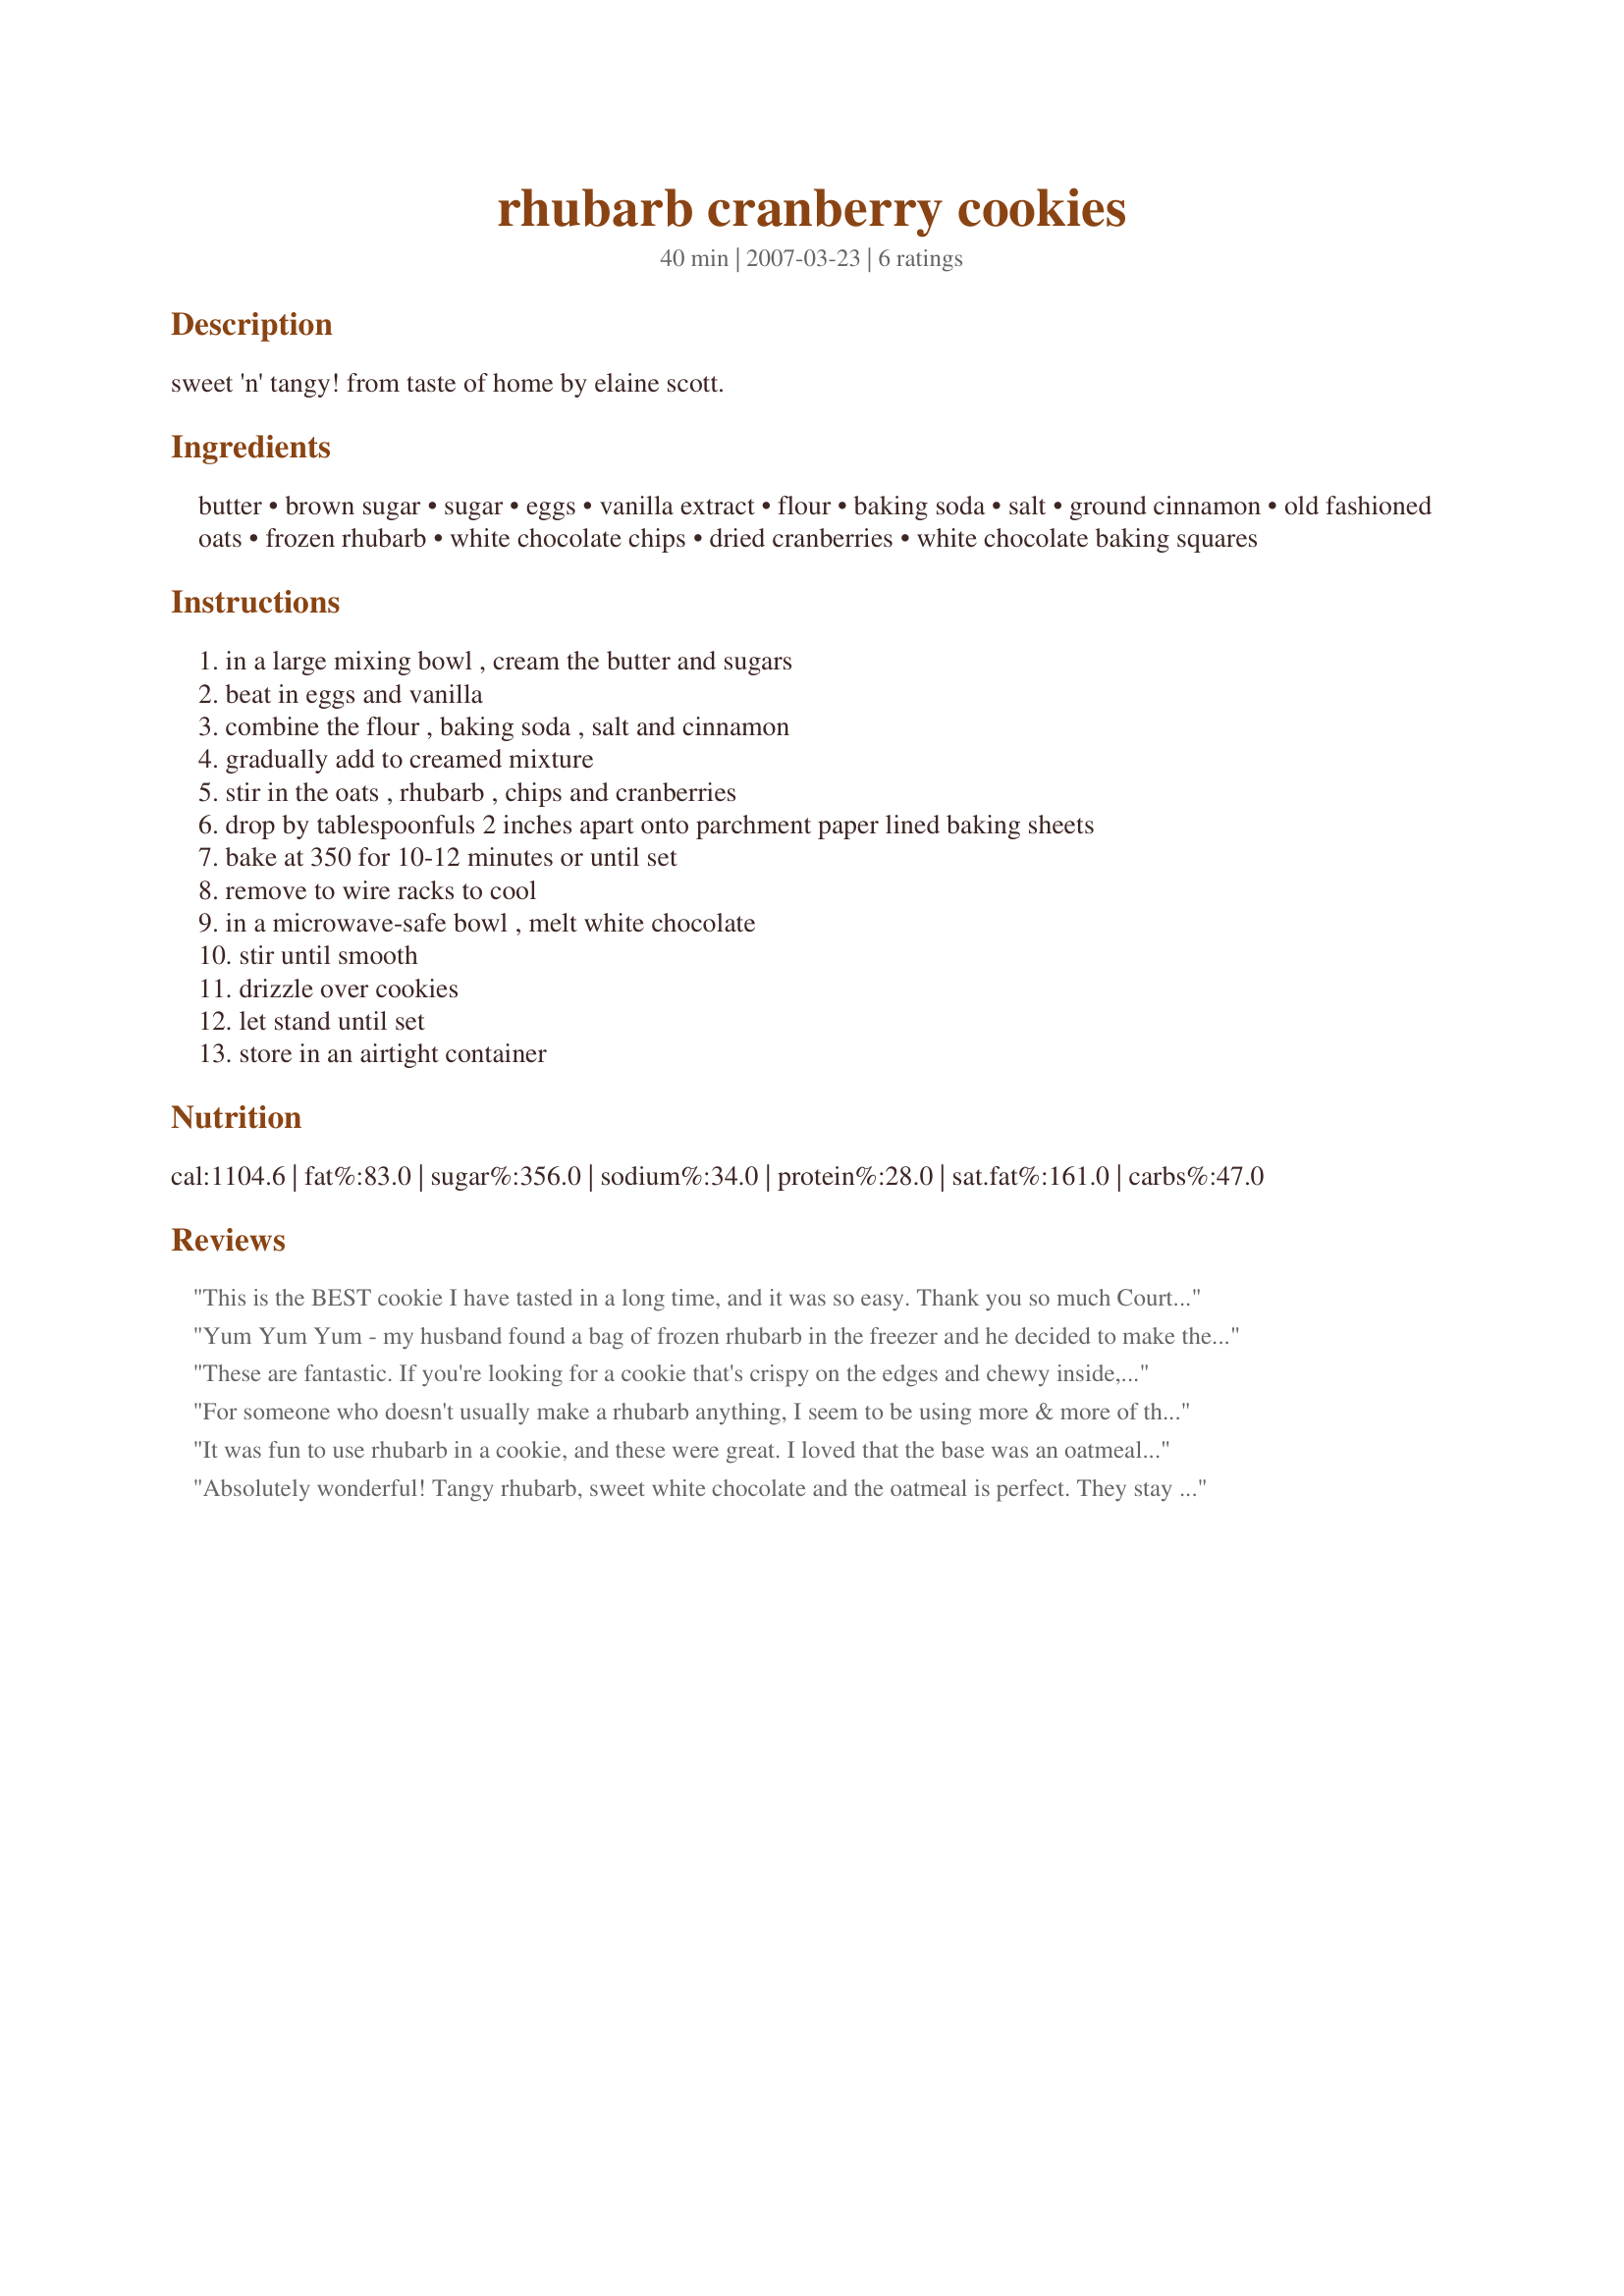
rhubarb cranberry cookies
Preparation time: 40 minutes

sweet 'n' tangy! from taste of home by elaine scott.

Ingredients:
butter, brown sugar, sugar, eggs, vanilla extract, flour, baking soda, salt, ground cinnamon, old fashioned oats, frozen rhubarb, white chocolate chips, dried cranberries, white chocolate baking squares

Steps:
in a large mixing bowl , cream the butter and sugars, beat in eggs and vanilla, combine the flour , baking soda , salt and cinnamon, gradually add to creamed mixture, stir in the oats , rhubarb , chips and cranberries, drop by tablespoonfuls 2 inches apart onto parchment paper lined baking sheets, bake at 350 for 10-12 minutes or until set, remove to wire racks to cool, in a microwave-safe bowl , melt white chocolate, stir until smooth, drizzle over cookies, let stand until set, store in an airtight container

Reviews:
This is the BEST cookie I have tasted in a long time, and it was so easy. Thank you so much Courtly Scrock for posting. I am so in love with this cookie, and it has been added to my favourites. I used fresh rhubarb as I had just been given quite a bit, and the rest I froze so I will be baking this recipe again with the frozen rhubarb at another time. These had all of my all-time favourite ingredients - dried cranberries, white chocolate and rhubarb!! What a treat. Please try them - you will not be disappointed.
Yum Yum Yum - my husband found a bag of frozen rhubarb in the freezer and he decided to make these wonderful cookies. We didnt have any white choc in the pantry so he used half choc chips and half peanut butter chips. Instead of oats he used granola musli - a lovely armoma and an even more lovely taste! Thanks Courtly!!!
These are fantastic. If you're looking for a cookie that's crispy on the edges and chewy inside, this is the baby for you. Love the tartness of the rhubarb with the sweetness of the cranberries. Next time I might try using milk chocolate chips for the white. I cut the recipe in half, and still ended up with 4-1/2 dozen. I did use a tbsp measure to scoop the dough and baked for 16 minutes. I cut the rhubarb in four, lengthwise and then sliced. I probably had just over the amount called for. I'm going to freeze some and I'll let you know how they turn out. If you love rhubarb....you will adore these cookies. Thanks Schrock.
For someone who doesn't usually make a rhubarb anything, I seem to be using more & more of that stuff lately! In these wonderful tasties, the combo of the titled fruit was very satisfying! Shared a few with a neighbor couple, but otherwise, the 2 of us managed to delete them on our own! Many thanks for this great keeper of a recipe! [Made & reviewed as a THANK YOU for playing in Please Review My Recipe during the current tour]
It was fun to use rhubarb in a cookie, and these were great. I loved that the base was an oatmeal cookie. Also that they baked up chewy rather than puffy. Will make again- thinking of adding some coconut flakes or pistachio nuts in place of the white chips for a "less sweet" version. Thanks for posting!
Absolutely wonderful! Tangy rhubarb, sweet white chocolate and the oatmeal is perfect. They stay nice and soft, just perfect!
